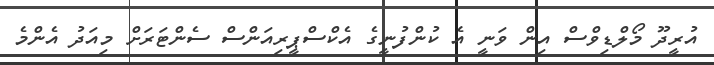
އުރީދޫ މޯލްޑިވްސް އިން ވަނީ އެ ކުންފުނީގެ އެކްސްޕީރިއަންސް ސެންޓަރަށް މިއަދު އެންމެ